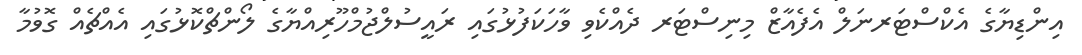
އިންޑިޔާގެ އެކްސްޓަރނަލް އެފެއާޒް މިނިސްޓަރ ދެއްކެވި ވާހަކަފުޅުގައި ރައީސުލްޖުމްހޫރިއްޔާގެ ލޯންޗްކޮޅުގައި އެއްޗެއް ގޮވުމާ